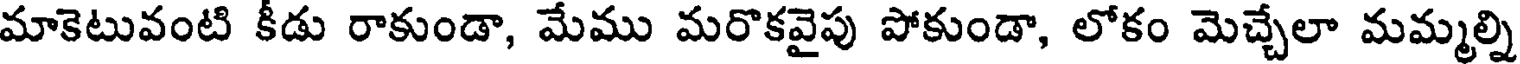
మాకెటువంటి కీడు రాకుండా, మేము మరొకవైపు పోకుండా, లోకం మెచ్చేలా మమ్మల్ని